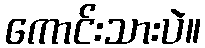
ကောင်းသားပဲ။